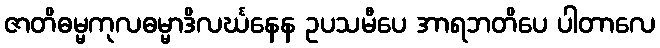
ဇာတိဓမ္မကုလဓမ္မာဒိလင်္ဃနေန ဥပသမီပေ အာရဘတိပေ ပါတာလေ